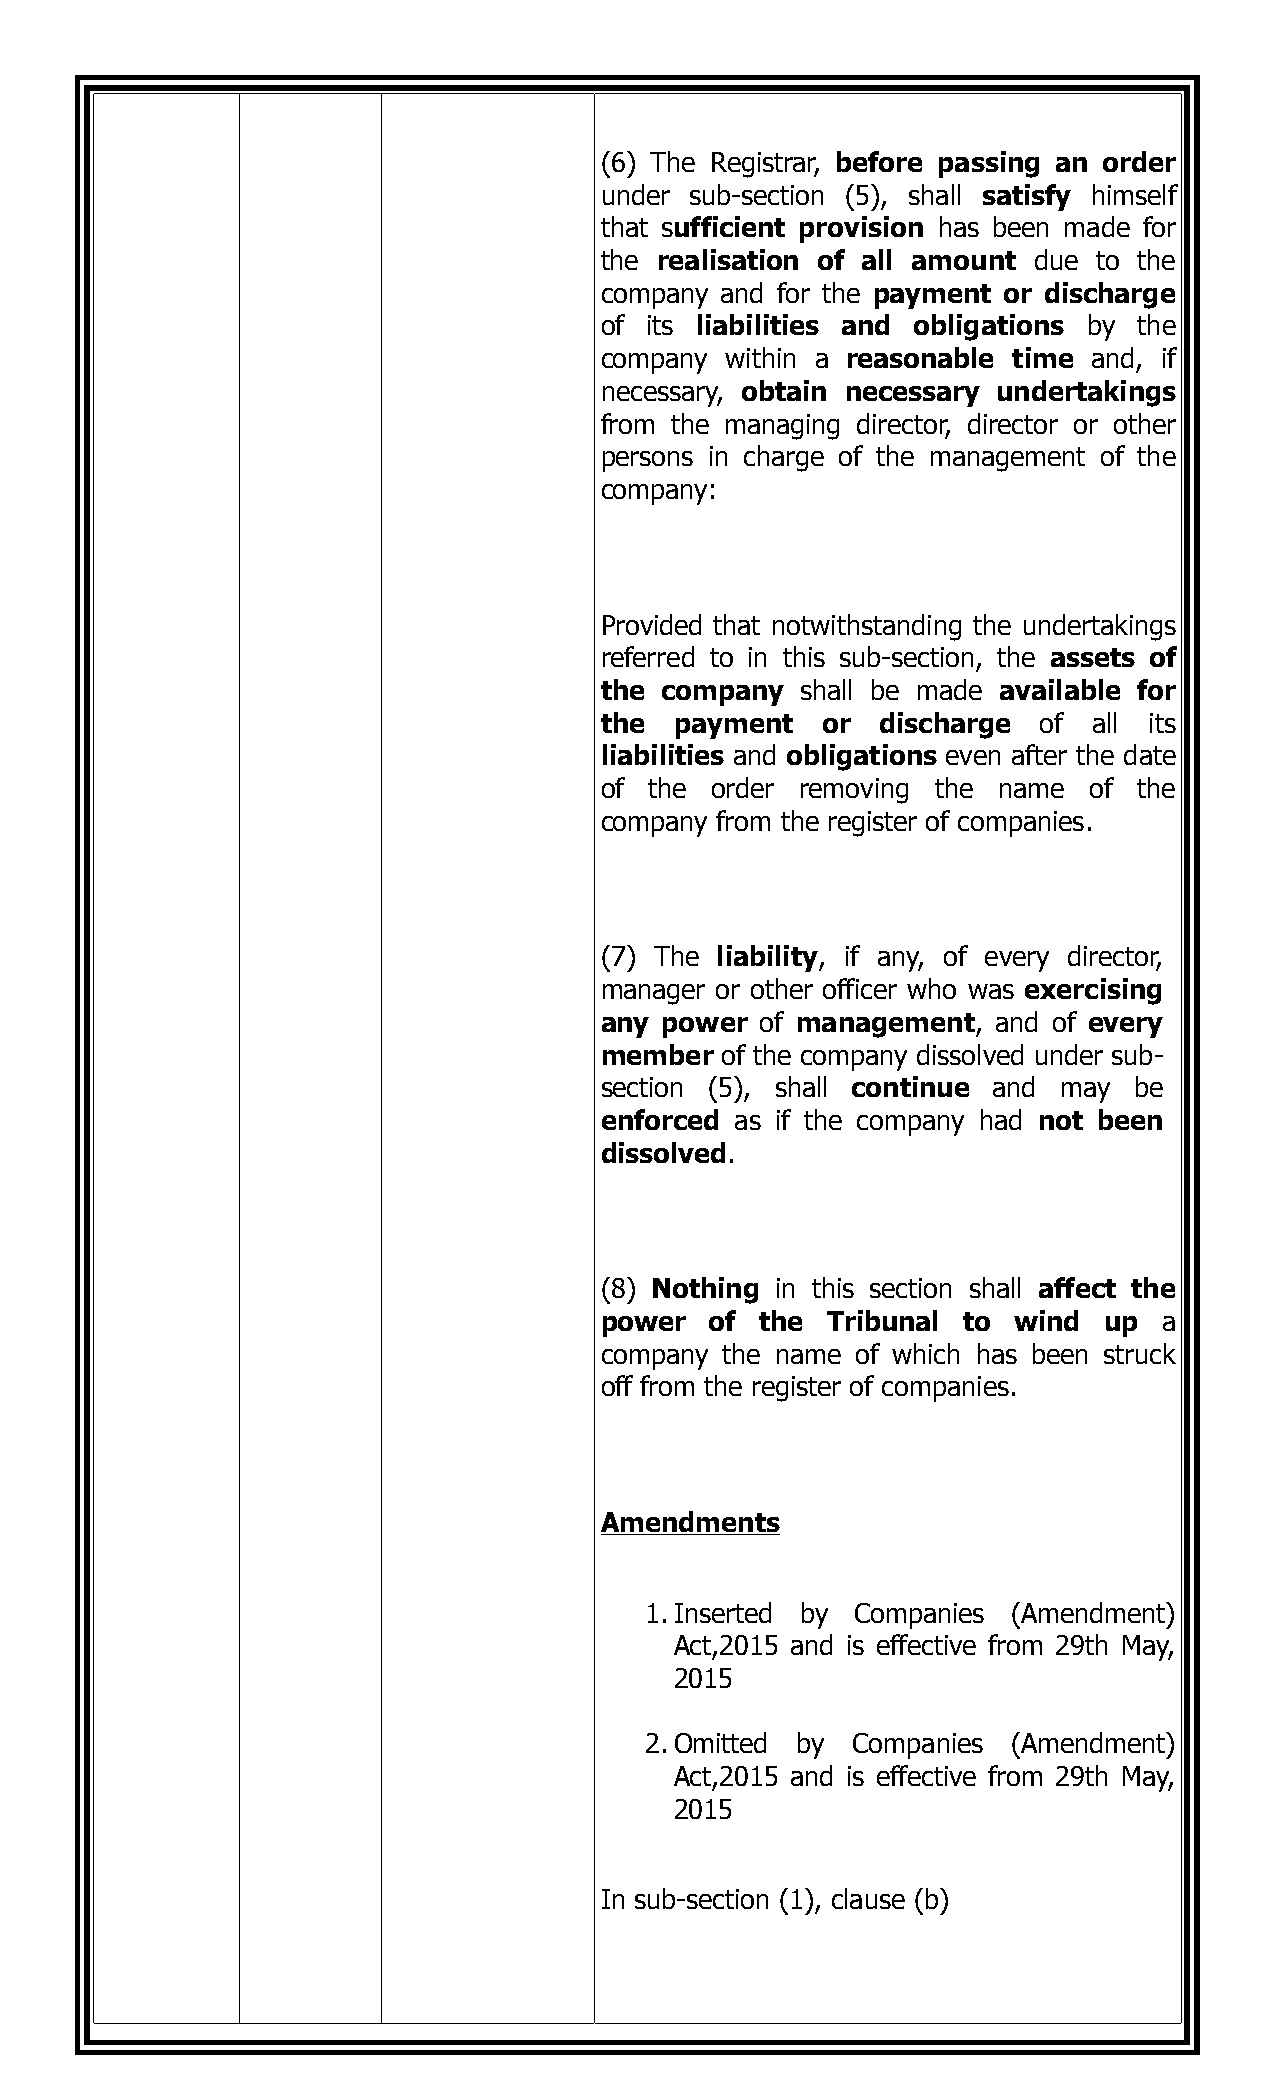
(6) The Registrar, before passing an order
 under sub-section (5), shall satisfy himself
 that sufficient provision has been made for
 the realisation of all amount due to the
 company and for the payment or discharge
 of its liabilities and obligations by the
 company within a reasonable time and, if
 necessary, obtain necessary undertakings
 from the managing director, director or other
 persons in charge of the management of the
 company:
 Provided that notwithstanding the undertakings
 referred to in this sub-section, the assets of
 the company  shall be made available for
 the  payment  or  discharge  of all its
 liabilities and obligations even after the date
 of the order removing the name  of the
 company from the register of companies.
 (7) The liability, if any, of every director,
 manager or other officer who was exercising
 any power of management,  and of every
 member  of the company dissolved under sub-
 section (5), shall continue and may be
 enforced as if the company had not been
 dissolved.
 (8) Nothing in this section shall affect the
 power  of the  Tribunal to wind  up  a
 company the name of which has been struck
 off from the register of companies.
 Amendments
 1. Inserted by Companies (Amendment)
 Act,2015 and is effective from 29th May,
 2015
 2. Omitted by Companies (Amendment)
 Act,2015 and is effective from 29th May,
 2015
 In sub-section (1), clause (b)